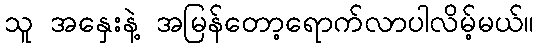
သူ အနှေးနဲ့ အမြန်တော့ရောက်လာပါလိမ့်မယ်။